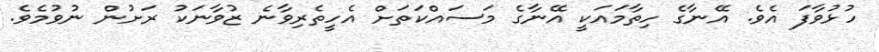
ހުޅުވާފަ އެވެ. އޭނާގެ ހިތާމައަކީ އޭނާގެ މަސައްކަތަށް އެހީތެރިވާނެ ޒުވާނަކު ރަށުން ނުވުމެވެ.